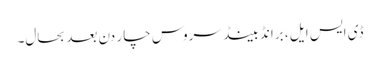
ڈی ایس ایل ، برانڈ بینڈ سروس چار دن بعدبحال۔